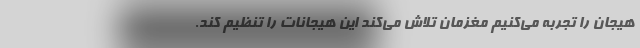
هیجان را تجربه می‌کنیم مغزمان تلاش می‌کند این هیجانات را تنظیم کند.